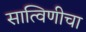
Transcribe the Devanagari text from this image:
सात्विणीचा